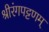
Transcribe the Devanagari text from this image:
श्रीरंगपट्टणम्